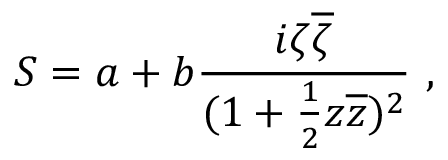
S = a + b { \frac { i \zeta \overline { { \zeta } } } { ( 1 + { \frac { 1 } { 2 } } z \overline { { z } } ) ^ { 2 } } } \ ,